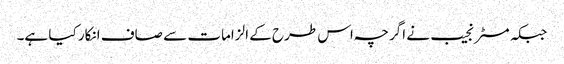
جبکہ مسٹر نجیب نے اگرچہ اس طرح کے الزامات سے صاف انکار کیا ہے۔